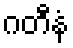
ဂတီနံ